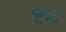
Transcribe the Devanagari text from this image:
फूऽऽ